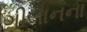
ગીલાનના